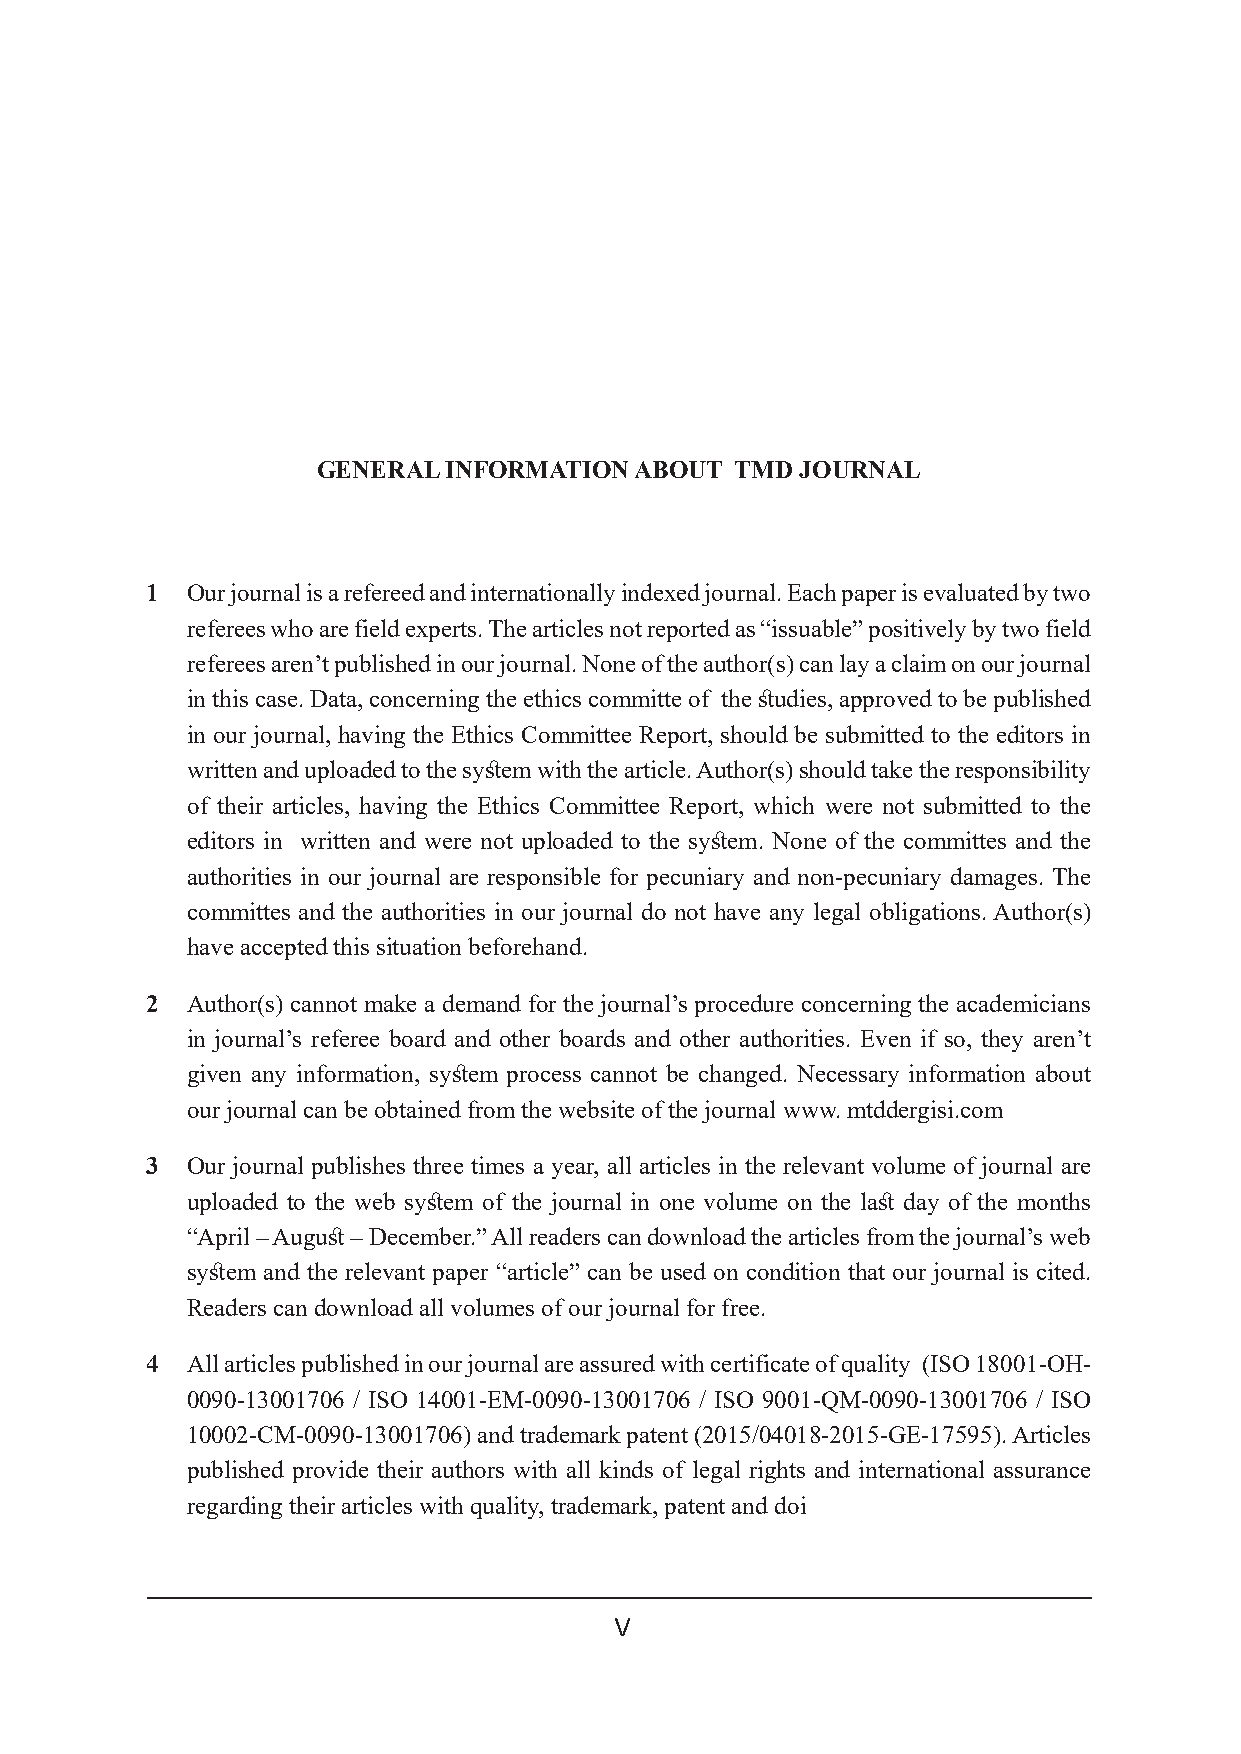
GENERAL INFORMATION  ABOUT  TMD JOURNAL
 1 Our journal is a refereed and internationally indexed journal. Each paper is evaluated by two
 referees who are field experts. The articles not reported as “issuable” positively by two field
 referees aren’t published in our journal. None of the author(s) can lay a claim on our journal
 in this case. Data, concerning the ethics committe of the studies, approved to be published
 in our journal, having the Ethics Committee Report, should be submitted to the editors in
 written and uploaded to the system with the article. Author(s) should take the responsibility
 of their articles, having the Ethics Committee Report, which were not submitted to the
 editors in written and were not uploaded to the system. None of the committes and the
 authorities in our journal are responsible for pecuniary and non-pecuniary damages. The
 committes and the authorities in our journal do not have any legal obligations. Author(s)
 have accepted this situation beforehand.
 2 Author(s) cannot make a demand for the journal’s procedure concerning the academicians
 in journal’s referee board and other boards and other authorities. Even if so, they aren’t
 given any information, system process cannot be changed. Necessary information about
 our journal can be obtained from the website of the journal www. mtddergisi.com
 3 Our journal publishes three times a year, all articles in the relevant volume of journal are
 uploaded to the web system of the journal in one volume on the last day of the months
 “April – August – December.” All readers can download the articles from the journal’s web
 system and the relevant paper “article” can be used on condition that our journal is cited.
 Readers can download all volumes of our journal for free.
 4 All articles published in our journal are assured with certificate of quality (ISO 18001-OH-
 0090-13001706 / ISO 14001-EM-0090-13001706 / ISO 9001-QM-0090-13001706 / ISO
 10002-CM-0090-13001706) and trademark patent (2015/04018-2015-GE-17595). Articles
 published provide their authors with all kinds of legal rights and international assurance
 regarding their articles with quality, trademark, patent and doi
 V